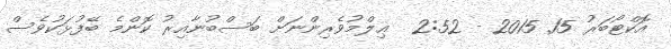
އޮކްޓޯބަރު 15